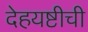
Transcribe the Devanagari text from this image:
देहयष्टीची